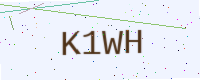
Text: K1WH